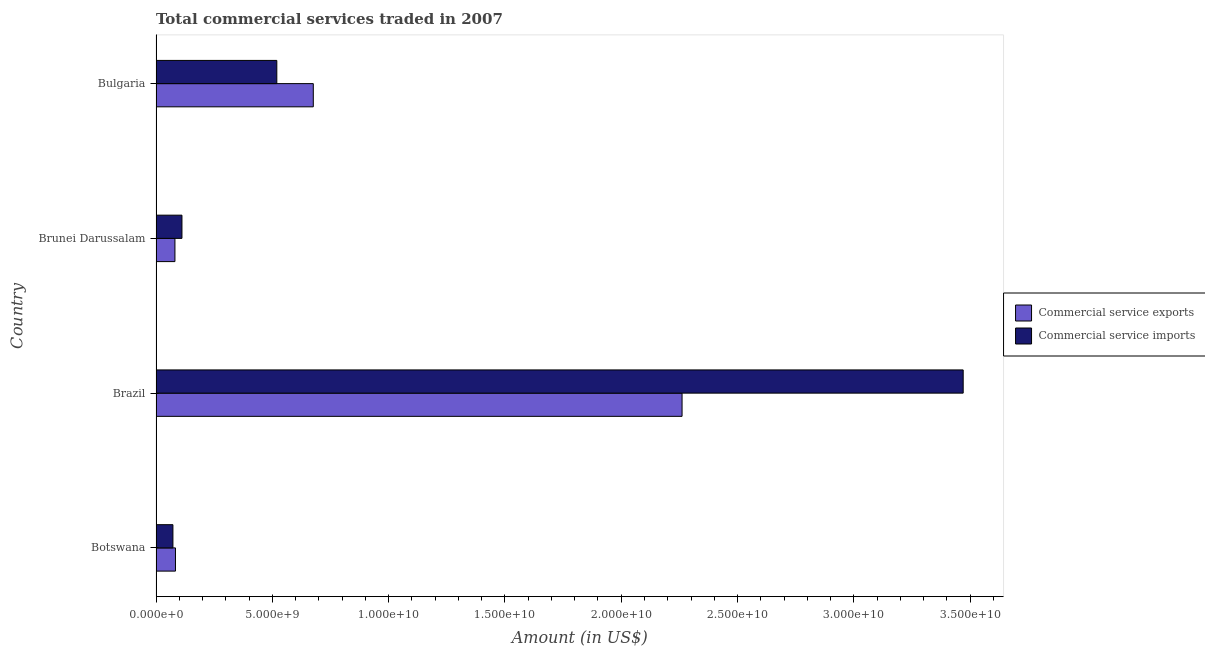
| Country | Commercial service exports | Commercial service imports |
 | --- | --- | --- |
 | Botswana | 8.36e+08 | 7.27e+08 |
 | Brazil | 2.26e+10 | 3.47e+10 |
 | Brunei Darussalam | 8.13e+08 | 1.12e+09 |
 | Bulgaria | 6.76e+09 | 5.19e+09 |